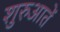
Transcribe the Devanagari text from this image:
शुरुआतें